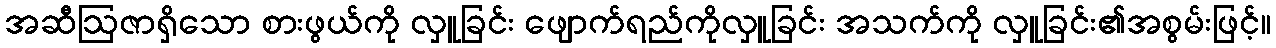
အဆီဩဇာရှိသော စားဖွယ်ကို လှူခြင်း ဖျောက်ရည်ကိုလှူခြင်း အသက်ကို လှူခြင်း၏အစွမ်းဖြင့်။